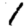
Digit: 1